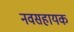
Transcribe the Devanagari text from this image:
नवसहायक